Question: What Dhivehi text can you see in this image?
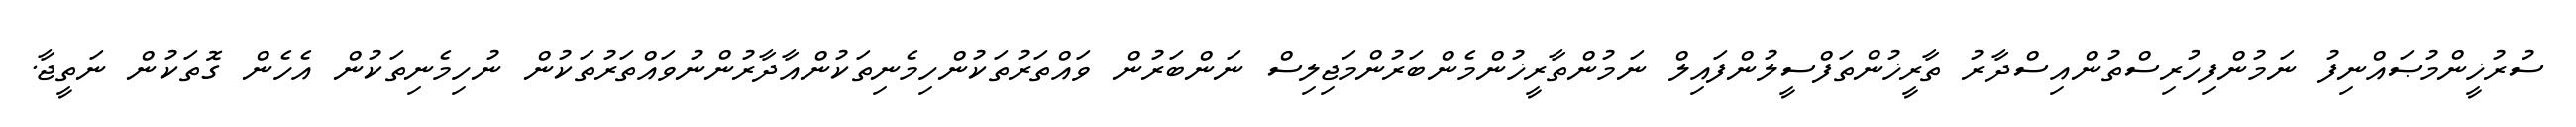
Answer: ސުރުޚީންމުޞައްނިފު ނަމުންފިހުރިސްތުންއިސްދާރު ތާރީޚުންތަފްސީލުންފައިލް ނަމުންތާރީޚުންމެންބަރުންމަޖިލިސް ނަންބަރުން ވައްތަރުތަކުންހިމެނިތަކުންއާދާރުންނުވައްތަރުތަކުން ނުހިމެނިތަކުން އެހެން ގޮތަކުން ނަތީޖާ.